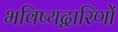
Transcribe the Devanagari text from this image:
भविष्यद्वारिणों